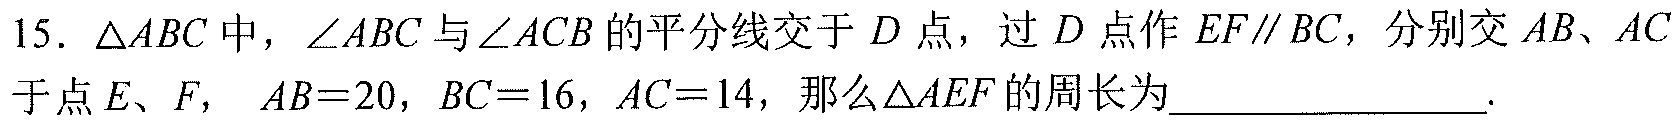
15. $\triangle ABC$中，$\angle ABC$与$\angle ACB$的平分线交于$D$点，过$D$点作$EF\parallel BC$，分别交$AB$、$AC$于点$E$、$F$， $AB = 20$，$BC = 16$，$AC = 14$，那么$\triangle AEF$的周长为________________.